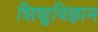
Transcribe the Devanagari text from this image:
शिशुविज्ञान